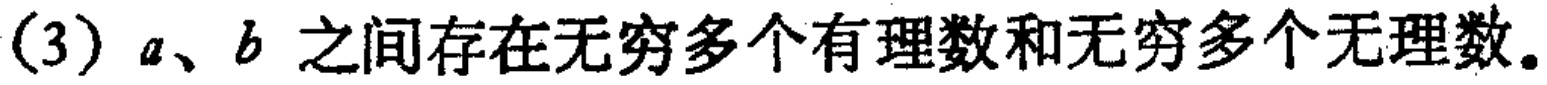
(3) \(a、b\) 之间存在无穷多个有理数和无穷多个无理数。